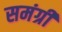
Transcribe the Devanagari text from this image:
समंग्री